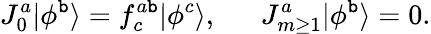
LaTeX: J_{0}^{a}|\phi^{\mathtt{b}}\rangle=f_{c}^{a\mathtt{b}}|\phi^{c}\rangle,~~~~~~J_{m\ge1}^{a}|\phi^{\mathtt{b}}\rangle=0.